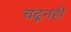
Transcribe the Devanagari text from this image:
चढूनही